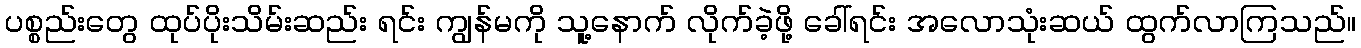
ပစ္စည်းတွေ ထုပ်ပိုးသိမ်းဆည်း ရင်း ကျွန်မကို သူ့နောက် လိုက်ခဲ့ဖို့ ခေါ်ရင်း အလောသုံးဆယ် ထွက်လာကြသည်။